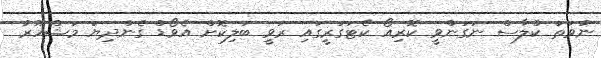
ނުވަތަ ކްލާސް ނަގަންވީ ކޮރިއޯ ކެޓަގަރީގައި ރަވީ ބަލިކޮށް އެވޯޑް ގެންދިޔަ މަޝްހޫރު